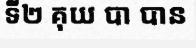
ទី២ គុយ បា បាន